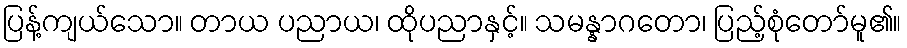
ပြန့်ကျယ်သော။ တာယ ပညာယ၊ ထိုပညာနှင့်။ သမန္နာဂတော၊ ပြည့်စုံတော်မူ၏။